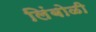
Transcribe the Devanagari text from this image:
लिंबोळी